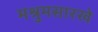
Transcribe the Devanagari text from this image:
मश्रुमसारखे